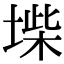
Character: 𡍥